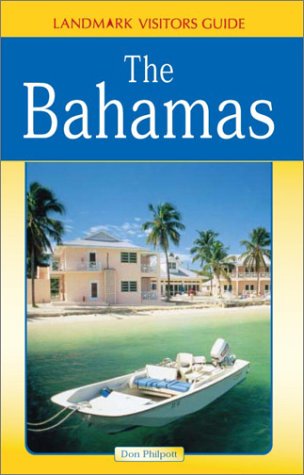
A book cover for Landmark Visitors Guides to the Bahamas (Landmark Visitors Guide the Bahamas); Don Philpott; Travel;